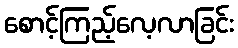
စောင့်ကြည့်လေ့လာခြင်း